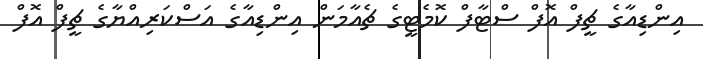
އިންޑިއާގެ ޗީފް އޮފް ސްޓާފް ކޮމެޓީގެ ޗެއާމަން އިންޑިއާގެ އަސްކަރިއްޔާގެ ޗީފް އޮފް